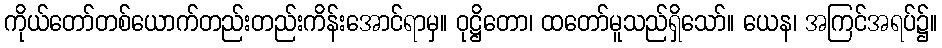
ကိုယ်တော်တစ်ယောက်တည်းတည်းကိန်းအောင်ရာမှ။ ဝုဋ္ဌိတော၊ ထတော်မူသည်ရှိသော်။ ယေန၊ အကြင်အရပ်၌။